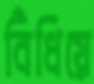
বিঁধিয়ে